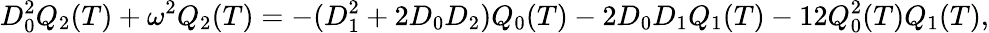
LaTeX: D_{0}^{2}Q_{2}(T)+\omega^{2}Q_{2}(T)=-(D_{1}^{2}+2D_{0}D_{2})Q_{0}(T)-2D_{0}D_{1}Q_{1}(T)-12Q_{0}^{2}(T)Q_{1}(T),